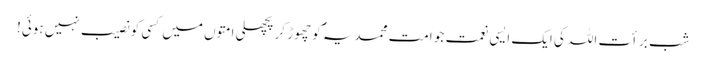
شب برأت اللہ کی ایک ایسی نعمت جو امت محمدیہ ؐکو چھوڑ کر پچھلی امتوں میں کسی کو نصیب نہیں ہوئی!